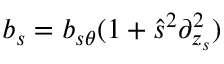
b _ { s } = b _ { s \theta } ( 1 + \hat { s } ^ { 2 } \partial _ { z _ { s } } ^ { 2 } )